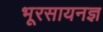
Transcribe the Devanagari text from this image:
भूरसायनज्ञ